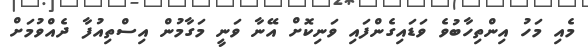
މެއި މަހު އިންތިހާބުވެ ވަޑައިގެންފައި ވަނިކޮށް އޭނާ ވަނީ މަގާމުން އިސްތިއުފާ ދެއްވުމަށް